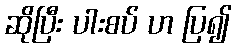
ဆိုပြီး ပါးစပ် ဟ ပြ၍